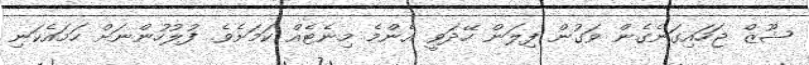
ޝޫޒް ޖަހައިގަނެގެން ވަގުން ފިލަން ހޭދަވީ އެންމެ މިނެޓެއް ކަމަށެވެ. ފުލުހުންނަށް ހަމައެކަނި